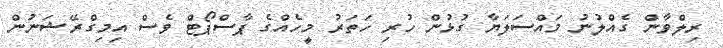
ރިލްވާން ގެއްލުނު މައްސަލަޔާ ގުޅުން ހުރި ހަތަރު މީހެއްގެ ޕާސްޕޯޓް ވެސް އިމިގްރޭޝަނުން